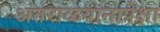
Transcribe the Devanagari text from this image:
अंतराळयानापेक्षा